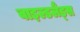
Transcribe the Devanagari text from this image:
वाइल्डलैंड्स